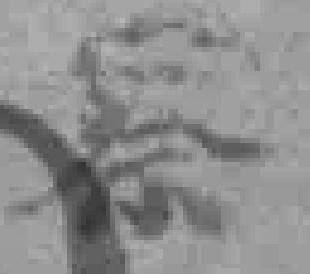
察